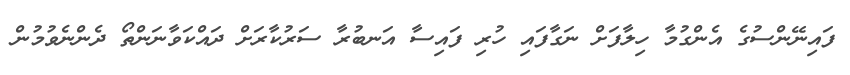
ފައިނޭންސުގެ އެންގުމާ ހިލާފަށް ނަގާފައި ހުރި ފައިސާ އަނބުރާ ސަރުކާރަށް ދައްކަވާނަންތޯ ދެންނެވުމުން